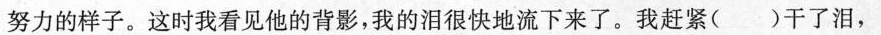
努力的样子。这时我看见他的背影，我的泪很快地流下来了。我赶紧( )干了泪，